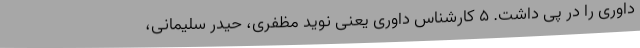
داوری را در پی داشت. 5 کارشناس داوری یعنی نوید مظفری، حیدر سلیمانی،